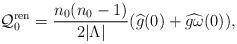
LaTeX: \begin{align*}\mathcal{Q}_0^{\rm ren} = \frac{n_0(n_0 -1)}{2|\Lambda|} (\widehat{g}(0) + \widehat{g\omega}(0)), \end{align*}